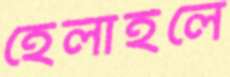
হেলাইলে